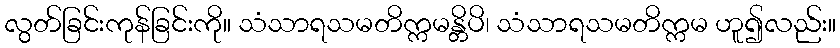
လွတ်ခြင်းကုန်ခြင်းကို။ သံသာရသမတိက္ကမန္တိပိ၊ သံသာရသမတိက္ကမ ဟူ၍လည်း။